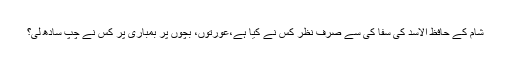
شام کے حافظ الاسد کی سفا کی سے صرف نظر کس نے کیا ہے،عورتوں، بچوں پر بمباری پر کس نے چپ سادھ لی؟